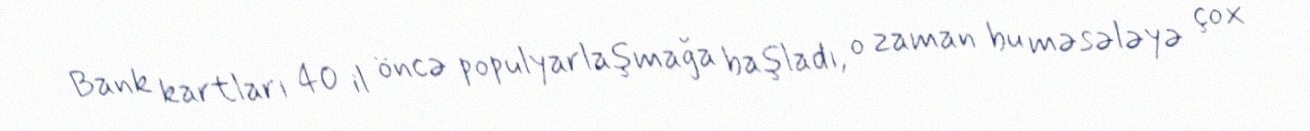
Bank kartları 40 il öncə populyarlaşmağa başladı, o zaman bu məsələyə çox